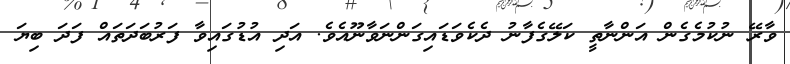
ވާރޭ ނުކުމެގެން އަންނާތީ ކަލޭގެފާނު ދެކެވަޑައިގަންނަވާނޫއެވެ. އަދި އުޑުގައިވާ ފަރުބަދަތައް ފަދަ ބިޔަ